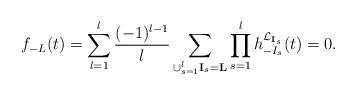
LaTeX: \begin{align*}f_{-L}(t)=\sum_{l=1}^{l}\frac{(-1)^{l-1}}{l}\sum_{\cup_{s=1}^l\mathbf{I}_s=\mathbf{L}}\prod_{s=1}^lh_{-I_s}^{\mathcal{L}_{\mathbf{I}_s}}(t)=0.\end{align*}